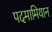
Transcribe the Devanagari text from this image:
पदमामियान